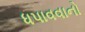
ધપાવવાનો